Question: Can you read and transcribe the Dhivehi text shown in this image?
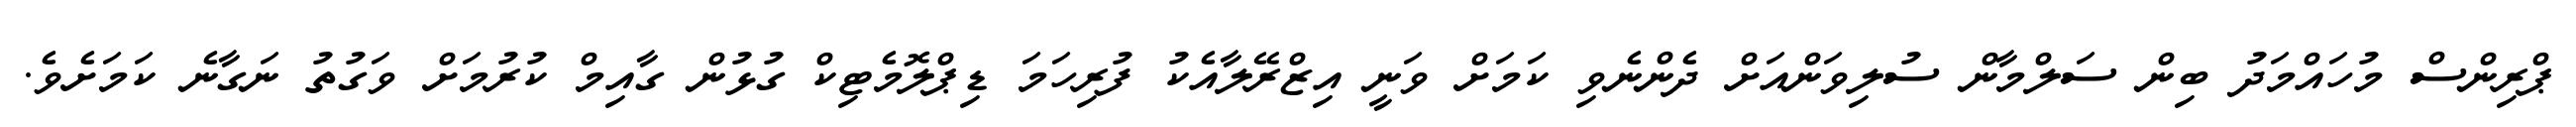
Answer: ޕްރިންސް މުހައްމަދު ބިން ސަލްމާން ސުލިވަންއަށް ދެންނެވި ކަމަށް ވަނީ އިޒްރޭލާއެކު ފުރިހަމަ ޑިޕްލޮމެޓިކް ގުޅުން ގާއިމް ކުރުމަށް ވަގުތު ނަގާނެ ކަމަށެވެ.